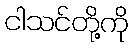
ငါသင်တို့ကို